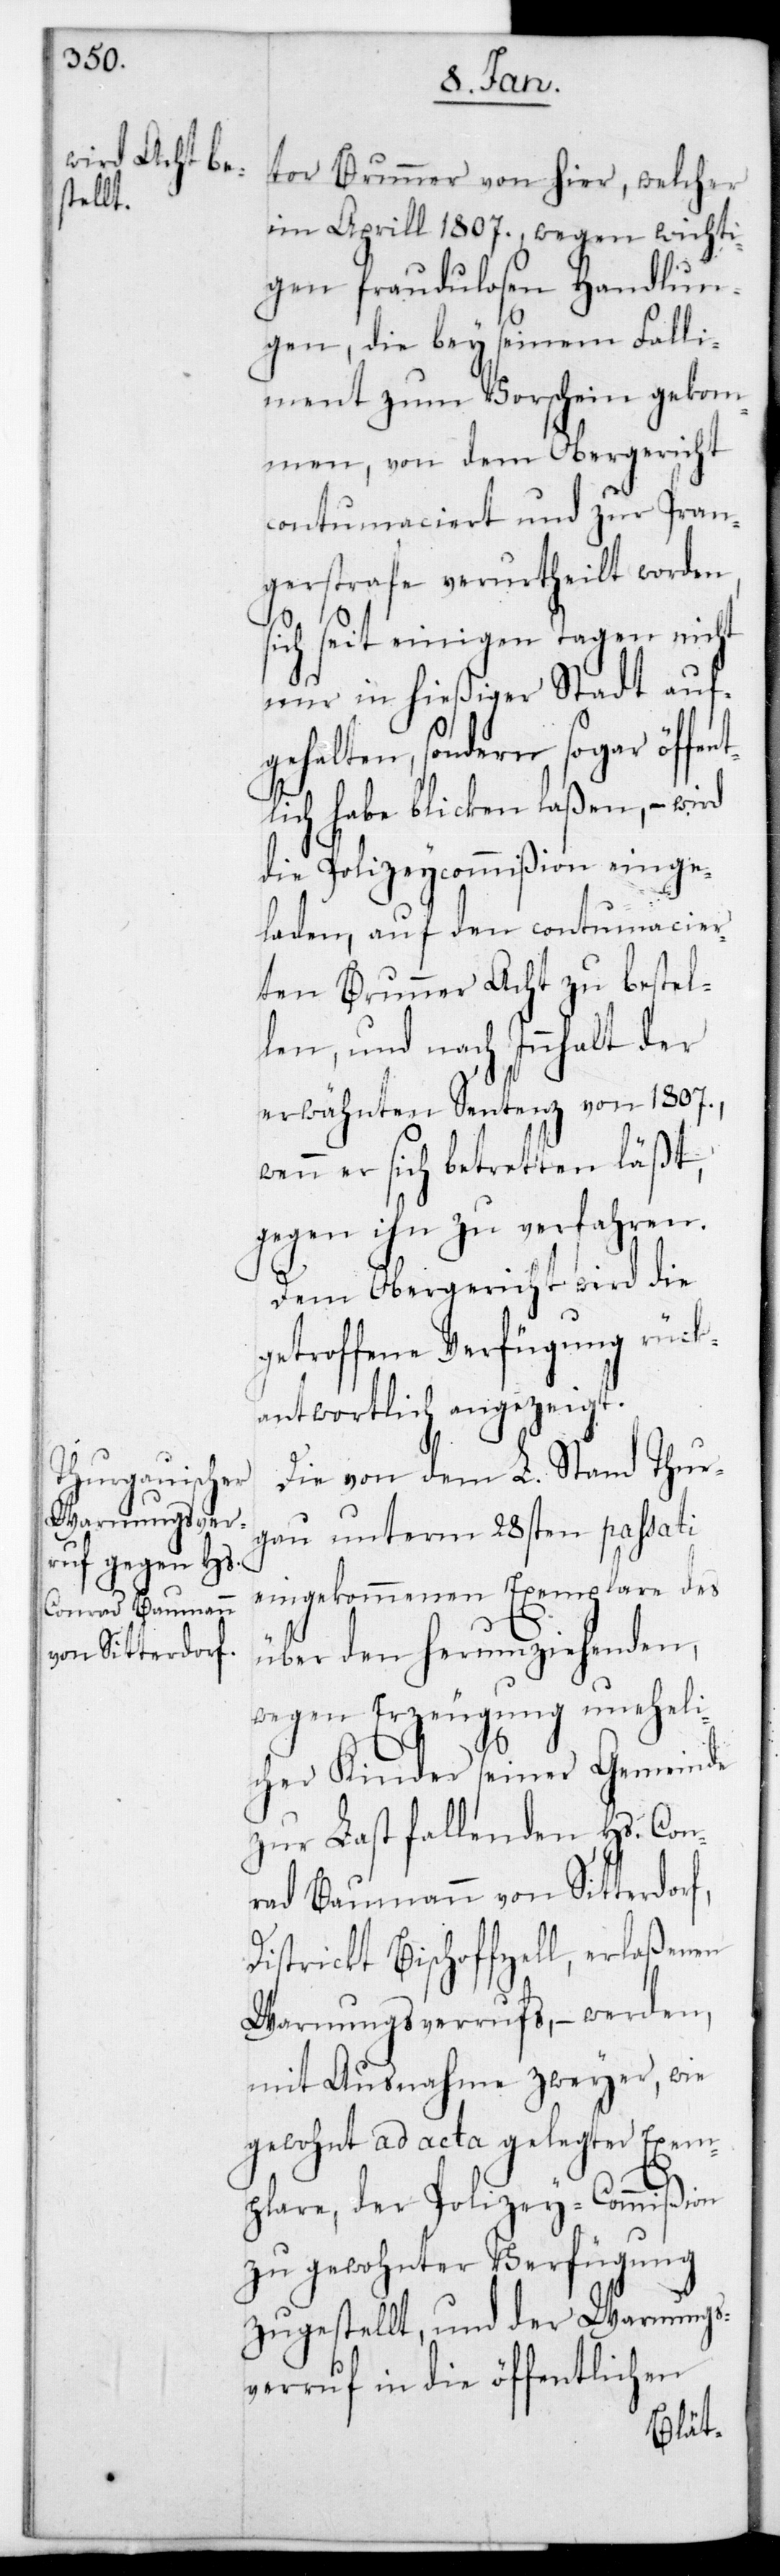
tor Brunner von hier, welcher
im Aprill 1807., wegen wichti¬
gen fraudulosen Handlun¬
gen, die bey seinem Falli¬
ment zum Vorschein gekom¬
men, von dem Obergericht
contumaciert und zur Pran¬
gerstrafe verurtheilt worden,
sich seit einigen Tagen nicht
nur in hießiger Stadt auf¬
gehalten, sondern sogar öffen¬
tlich habe blicken laßen, – wird
die Polizeycommißion einge¬
laden, auf den contumacier¬
ten Brunner Acht zu bestel¬
len, und nach Innhalt der
erwähnten Sentenz von 1807.,
wenn er sich betretten läßt,
gegen ihn zu verfahren.
Dem Obergericht wird die
getroffene Verfügung rück¬
antwortlich angezeigt.
Die von dem L. Stand Thur¬
gau unterm 28sten passati
eingekommenen Exemplare des
über den herumziehenden,
wegen Erzeugung uneheli¬
cher Kinder seiner Gemeinde
zur Last fallenden Hs. Con¬
rad Baumann von Sitterdorf,
District Bischofszell, erlaßenen
Warnungsverrufs, – werden,
mit Ausnahme zweyer, wie
gewohnt ad acta gelegter Exem¬
plare, der Polizeycommißion
zu gewohnter Verfügung
zugestellt, und der Warnungs¬
verruf in die öffentlichen